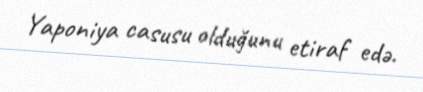
Yaponiya casusu olduğunu etiraf edə.